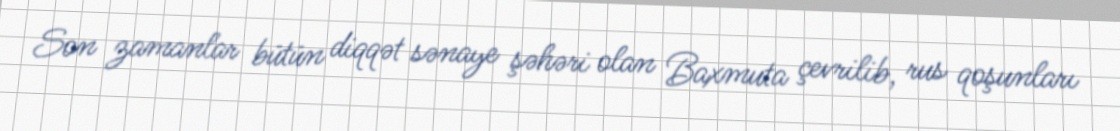
Son zamanlar bütün diqqət sənaye şəhəri olan Baxmuta çevrilib, rus qoşunları